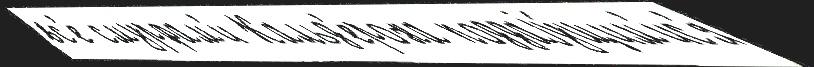
вс'е смурфам'и Кальд'ерона поддаjу́щим'ис'я